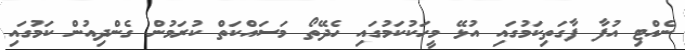
ނެއްޓި އުފާ ފާގަތިކަމުގައި އުޅޭ މީހަކުކަމުގައި ހެދޭތޯ މަސައްކަތް ކުރަމުން ގެންދިއުން ކަމުގައި